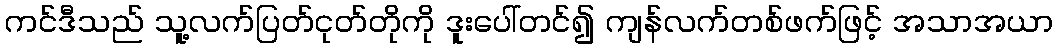
ကင်ဒီသည် သူ့လက်ပြတ်ငုတ်တိုကို ဒူးပေါ်တင်၍ ကျန်လက်တစ်ဖက်ဖြင့် အသာအယာ